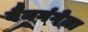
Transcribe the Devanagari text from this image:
वैनगंगेला